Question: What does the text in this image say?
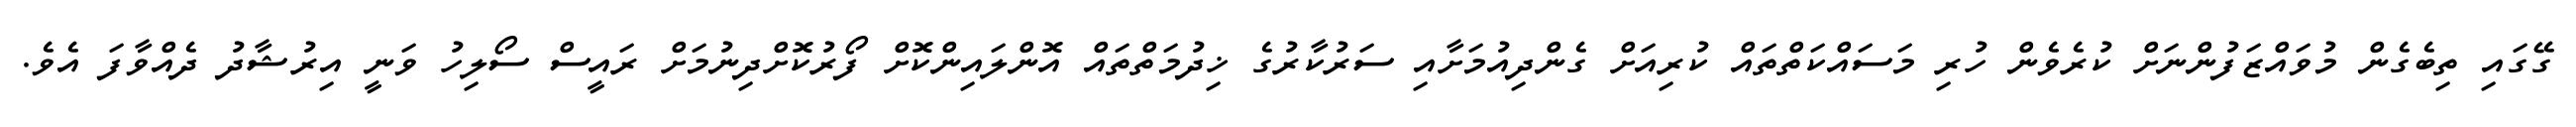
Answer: ގޭގައި ތިބެގެން މުވައްޒަފުންނަށް ކުރެވެން ހުރި މަސައްކަތްތައް ކުރިއަށް ގެންދިއުމަށާއި ސަރުކާރުގެ ޚިދުމަތްތައް އޮންލައިންކޮށް ފޯރުކޮށްދިނުމަށް ރައީސް ސޯލިހު ވަނީ އިރުޝާދު ދެއްވާފަ އެވެ.